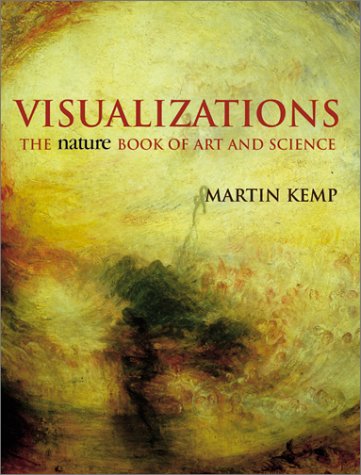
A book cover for Visualizations: The Nature Book of Art and Science; Martin Kemp; Science & Math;